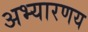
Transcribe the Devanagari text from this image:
अभ्‍यारणय